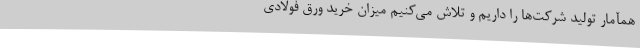
همآمار تولید شرکت‌ها را داریم و تلاش می‌کنیم میزان خرید ورق فولادی